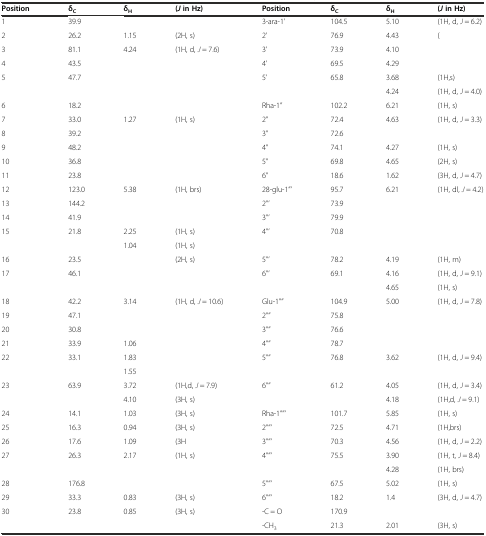
<table><thead><tr><td><b>Position</b></td><td><b>δ<sub>C</sub></b></td><td><b>δ<sub>H</sub></b></td><td><b>(<i>J</i>in Hz)</b></td><td><b>Position</b></td><td><b>δ<sub>C</sub></b></td><td><b>δ<sub>H</sub></b></td><td><b>(<i>J</i>in Hz)</b></td></tr></thead><tbody><tr><td>1</td><td>39.9</td><td></td><td></td><td>3-ara-1’</td><td>104.5</td><td>5.10</td><td>(1H, d, <i>J</i> = 6.2)</td></tr><tr><td>2</td><td>26.2</td><td>1.15</td><td>(2H, s)</td><td>2’</td><td>76.9</td><td>4.43</td><td>(</td></tr><tr><td>3</td><td>81.1</td><td>4.24</td><td>(1H, d, <i>J</i> = 7.6)</td><td>3’</td><td>73.9</td><td>4.10</td><td></td></tr><tr><td>4</td><td>43.5</td><td></td><td></td><td>4’</td><td>69.5</td><td>4.29</td><td></td></tr><tr><td rowspan="2">5</td><td rowspan="2">47.7</td><td rowspan="2"></td><td rowspan="2"></td><td rowspan="2">5’</td><td rowspan="2">65.8</td><td>3.68</td><td>(1H,s)</td></tr><tr><td>4.24</td><td>(1H, d, <i>J</i> = 4.0)</td></tr><tr><td>6</td><td>18.2</td><td></td><td></td><td>Rha-1”</td><td>102.2</td><td>6.21</td><td>(1H, s)</td></tr><tr><td>7</td><td>33.0</td><td>1.27</td><td>(1H, s)</td><td>2”</td><td>72.4</td><td>4.63</td><td>(1H, d, <i>J</i> = 3.3)</td></tr><tr><td>8</td><td>39.2</td><td></td><td></td><td>3”</td><td>72.6</td><td></td><td></td></tr><tr><td>9</td><td>48.2</td><td></td><td></td><td>4”</td><td>74.1</td><td>4.27</td><td>(1H, s)</td></tr><tr><td>10</td><td>36.8</td><td></td><td></td><td>5”</td><td>69.8</td><td>4.65</td><td>(2H, s)</td></tr><tr><td>11</td><td>23.8</td><td></td><td></td><td>6”</td><td>18.6</td><td>1.62</td><td>(3H, d, <i>J</i> = 4.7)</td></tr><tr><td>12</td><td>123.0</td><td>5.38</td><td>(1H, brs)</td><td>28-glu-1”’</td><td>95.7</td><td>6.21</td><td>(1H, dl, <i>J</i> = 4.2)</td></tr><tr><td>13</td><td>144.2</td><td></td><td></td><td>2”’</td><td>73.9</td><td></td><td></td></tr><tr><td>14</td><td>41.9</td><td></td><td></td><td>3”’</td><td>79.9</td><td></td><td></td></tr><tr><td rowspan="2">15</td><td rowspan="2">21.8</td><td>2.25</td><td>(1H, s)</td><td rowspan="2">4”’</td><td rowspan="2">70.8</td><td rowspan="2"></td><td rowspan="2"></td></tr><tr><td>1.04</td><td>(1H, s)</td></tr><tr><td>16</td><td>23.5</td><td></td><td>(2H, s)</td><td>5”’</td><td>78.2</td><td>4.19</td><td>(1H, m)</td></tr><tr><td rowspan="2">17</td><td rowspan="2">46.1</td><td rowspan="2"></td><td rowspan="2"></td><td rowspan="2">6”’</td><td rowspan="2">69.1</td><td>4.16</td><td>(1H, d, <i>J</i> = 9.1)</td></tr><tr><td>4.65</td><td>(1H, s)</td></tr><tr><td>18</td><td>42.2</td><td>3.14</td><td>(1H, d, <i>J</i> = 10.6)</td><td>Glu-1””</td><td>104.9</td><td>5.00</td><td>(1H, d, <i>J</i> = 7.8)</td></tr><tr><td>19</td><td>47.1</td><td></td><td></td><td>2””</td><td>75.8</td><td></td><td></td></tr><tr><td>20</td><td>30.8</td><td></td><td></td><td>3””</td><td>76.6</td><td></td><td></td></tr><tr><td>21</td><td>33.9</td><td>1.06</td><td></td><td>4””</td><td>78.7</td><td></td><td></td></tr><tr><td rowspan="2">22</td><td rowspan="2">33.1</td><td>1.83</td><td rowspan="2"></td><td rowspan="2">5””</td><td rowspan="2">76.8</td><td rowspan="2">3.62</td><td rowspan="2">(1H, d, <i>J</i> = 9.4)</td></tr><tr><td>1.55</td></tr><tr><td rowspan="2">23</td><td rowspan="2">63.9</td><td>3.72</td><td>(1H,d, <i>J</i> = 7.9)</td><td rowspan="2">6””</td><td rowspan="2">61.2</td><td>4.05</td><td>(1H, d, <i>J</i> = 3.4)</td></tr><tr><td>4.10</td><td>(3H, s)</td><td>4.18</td><td>(1H,d, <i>J</i> = 9.1)</td></tr><tr><td>24</td><td>14.1</td><td>1.03</td><td>(3H, s)</td><td>Rha-1””’</td><td>101.7</td><td>5.85</td><td>(1H, s)</td></tr><tr><td>25</td><td>16.3</td><td>0.94</td><td>(3H, s)</td><td>2””’</td><td>72.5</td><td>4.71</td><td>(1H,brs)</td></tr><tr><td>26</td><td>17.6</td><td>1.09</td><td>(3H</td><td>3””’</td><td>70.3</td><td>4.56</td><td>(1H, d, <i>J</i> = 2.2)</td></tr><tr><td rowspan="2">27</td><td rowspan="2">26.3</td><td rowspan="2">2.17</td><td rowspan="2">(1H, s)</td><td rowspan="2">4””’</td><td rowspan="2">75.5</td><td>3.90</td><td>(1H, t, <i>J</i> = 8.4)</td></tr><tr><td>4.28</td><td>(1H, brs)</td></tr><tr><td>28</td><td>176.8</td><td></td><td></td><td>5””’</td><td>67.5</td><td>5.02</td><td>(1H, s)</td></tr><tr><td>29</td><td>33.3</td><td>0.83</td><td>(3H, s)</td><td>6””’</td><td>18.2</td><td>1.4</td><td>(3H, d, <i>J</i> = 4.7)</td></tr><tr><td>30</td><td>23.8</td><td>0.85</td><td>(3H, s)</td><td>-C = O</td><td>170.9</td><td></td><td></td></tr><tr><td></td><td></td><td></td><td></td><td>-CH<sub>3</sub></td><td>21.3</td><td>2.01</td><td>(3H, s)</td></tr></tbody></table>